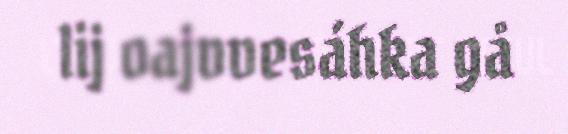
lij oajvvesáhka gå